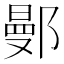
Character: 鄤